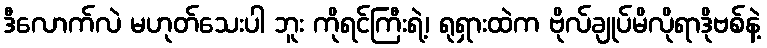
ဒီလောက်လဲ မဟုတ်သေးပါ ဘူး ကိုရင်ကြီးရဲ့၊ ရုရှားထဲက ဗိုလ်ချုပ်မိလိုရာဒိုဗစ်နဲ့